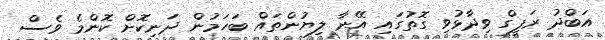
އަބްދު ރަފީގް ވިދާޅުވި ގޮތުގައި އޭނާ ލިޔުންތައް ބަހަމުން ދަނިކޮށް ކޮންމެ ވެސް